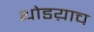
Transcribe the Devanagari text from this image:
थोडय़ाच